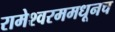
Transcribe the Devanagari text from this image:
रामेश्वरममधूनच